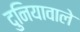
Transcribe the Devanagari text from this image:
दुनियावाले